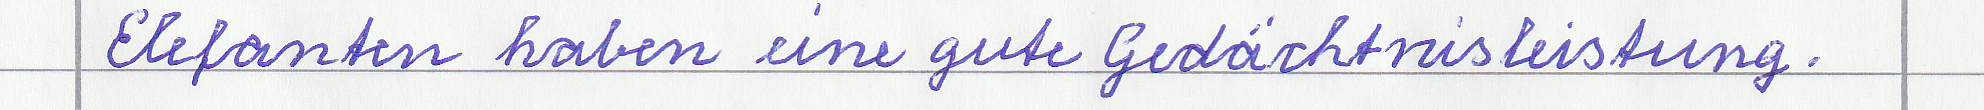
Elefanten haben eine gute Gedächtnisleistung.